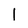
Character: l